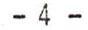
- 4 -